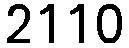
2110